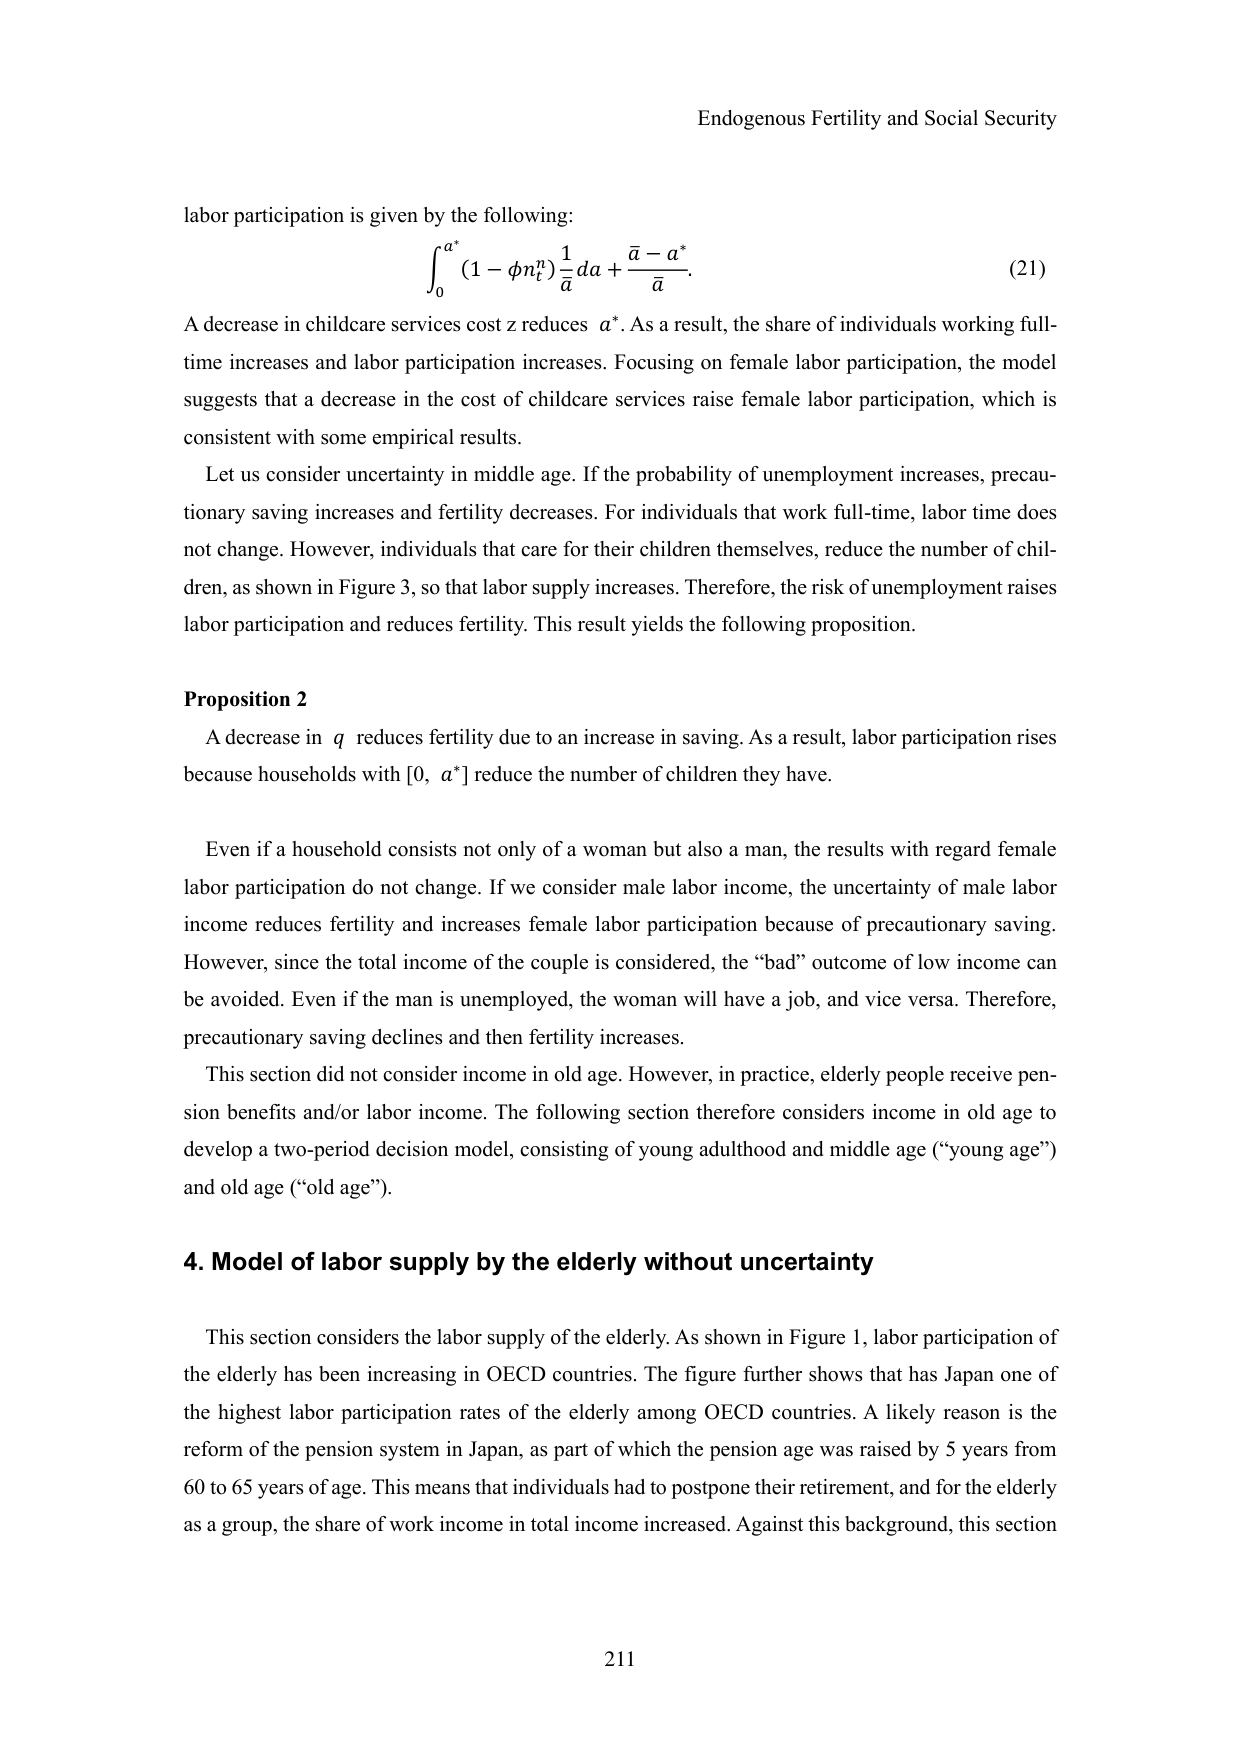
Endogenous Fertility and Social Security

labor participation is given by the following:
∫₀^{α*} (1 − φnᵢⁿ) (1/ā) da + (ā − α*)/ā.  (21)

A decrease in childcare services cost z reduces α*. As a result, the share of individuals working full-time increases and labor participation increases. Focusing on female labor participation, the model suggests that a decrease in the cost of childcare services raise female labor participation, which is consistent with some empirical results.

Let us consider uncertainty in middle age. If the probability of unemployment increases, precautionary saving increases and fertility decreases. For individuals that work full-time, labor time does not change. However, individuals that care for their children themselves, reduce the number of children, as shown in Figure 3, so that labor supply increases. Therefore, the risk of unemployment raises labor participation and reduces fertility. This result yields the following proposition.

Proposition 2
A decrease in q reduces fertility due to an increase in saving. As a result, labor participation rises because households with [0, α*] reduce the number of children they have.

Even if a household consists not only of a woman but also a man, the results with regard female labor participation do not change. If we consider male labor income, the uncertainty of male labor income reduces fertility and increases female labor participation because of precautionary saving. However, since the total income of the couple is considered, the “bad” outcome of low income can be avoided. Even if the man is unemployed, the woman will have a job, and vice versa. Therefore, precautionary saving declines and then fertility increases.

This section did not consider income in old age. However, in practice, elderly people receive pension benefits and/or labor income. The following section therefore considers income in old age to develop a two-period decision model, consisting of young adulthood and middle age (“young age”) and old age (“old age”).

4. Model of labor supply by the elderly without uncertainty

This section considers the labor supply of the elderly. As shown in Figure 1, labor participation of the elderly has been increasing in OECD countries. The figure further shows that has Japan one of the highest labor participation rates of the elderly among OECD countries. A likely reason is the reform of the pension system in Japan, as part of which the pension age was raised by 5 years from 60 to 65 years of age. This means that individuals had to postpone their retirement, and for the elderly as a group, the share of work income in total income increased. Against this background, this section

211